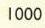
1000